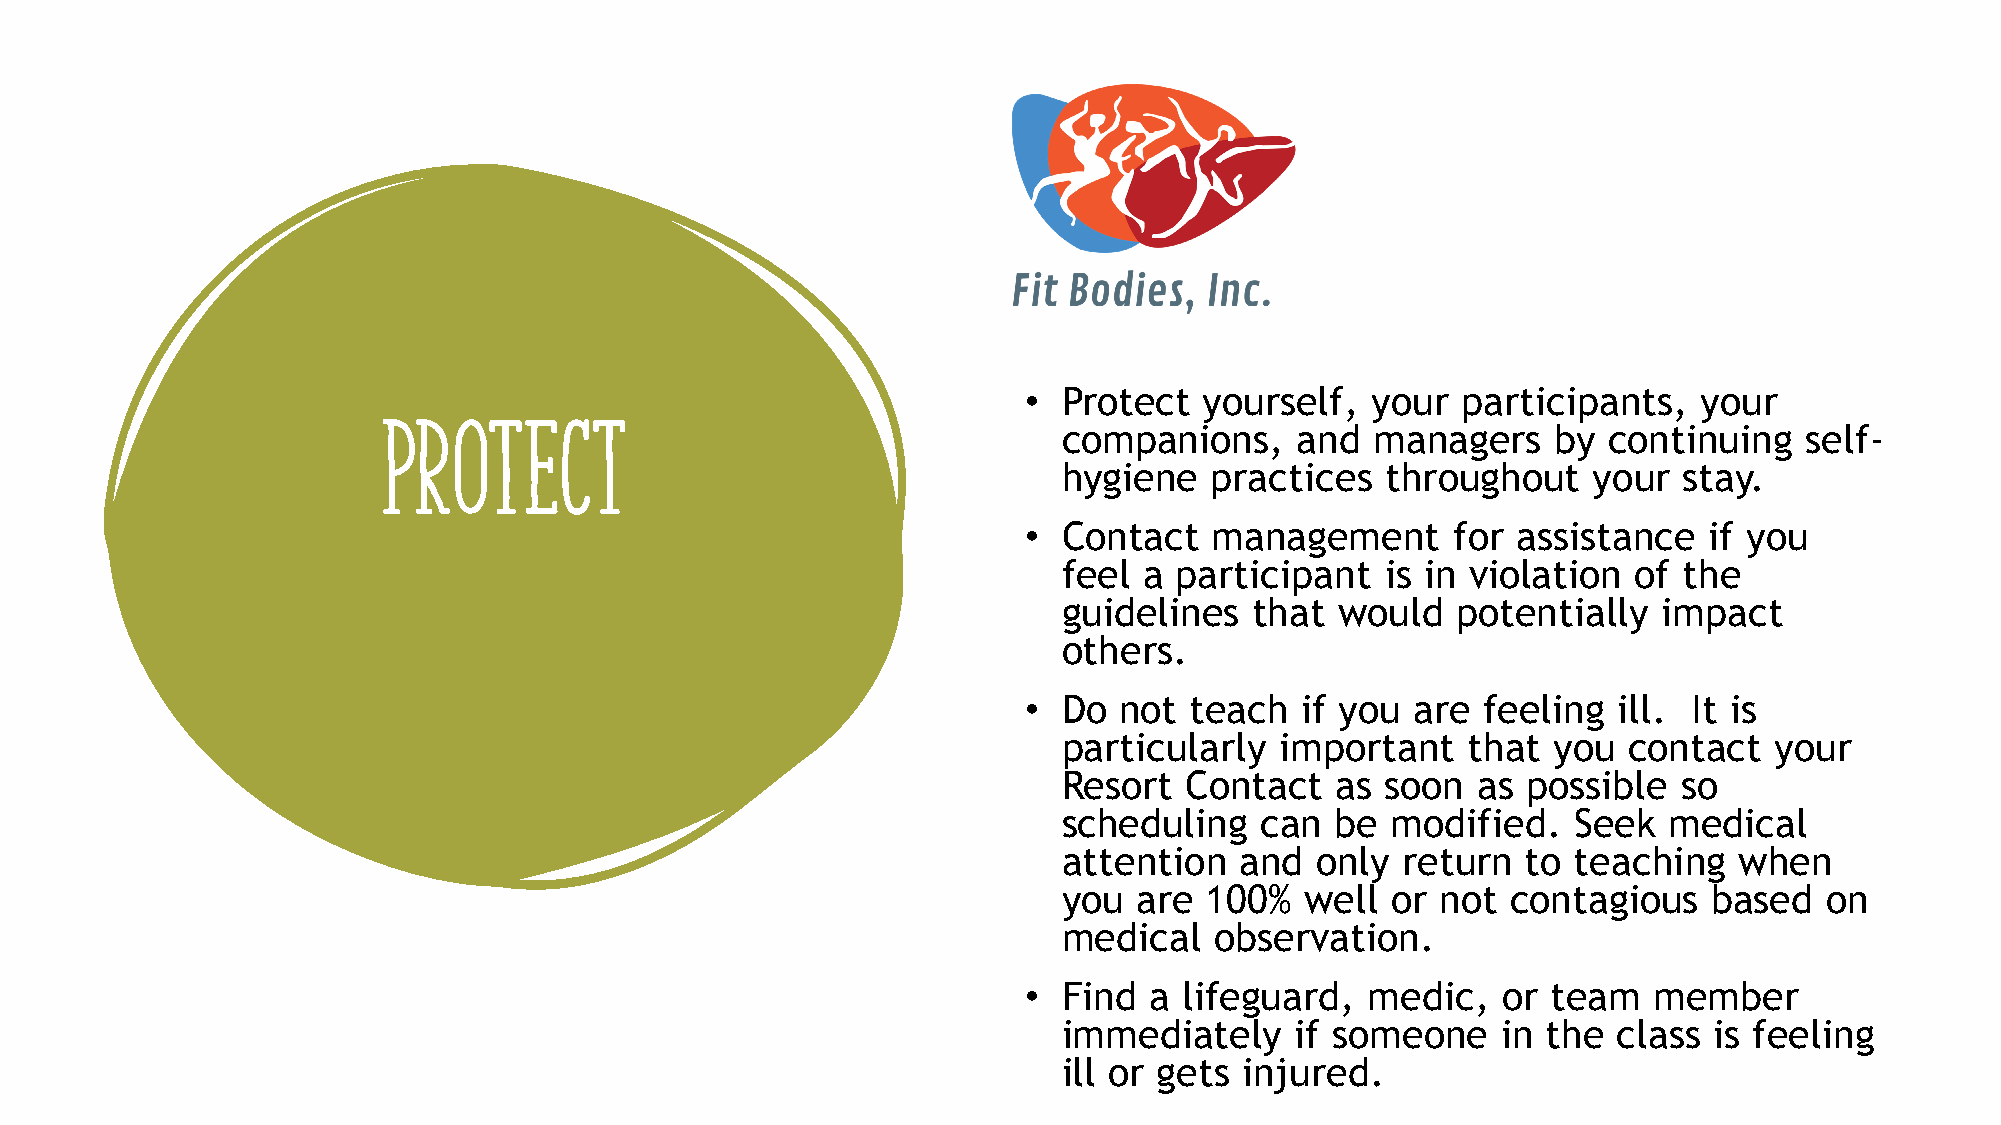
• Protect   yourself,  your  participants,   your
 PROTECT
 companions,     and  managers    by continuing    self-
 hygiene   practices   throughout   your  stay.
 • Contact   management      for assistance   if you
 feel  a participant   is in violation of the
 guidelines   that  would  potentially   impact
 others.
 • Do  not  teach  if you  are feeling  ill. It is
 particularly   important   that  you  contact  your
 Resort  Contact   as  soon  as possible  so
 scheduling   can  be  modified.   Seek  medical
 attention   and  only  return  to teaching   when
 you  are  100%  well  or not  contagious   based   on
 medical   observation.
 • Find  a lifeguard,   medic,  or  team  member
 immediately     if someone   in the  class is feeling
 ill or gets injured.